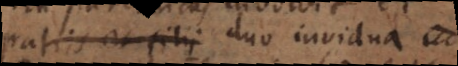
patris et filii duo individua,